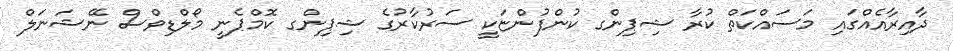
ދާއިރާއެއްގައި މަސައްކަތް ކުރާ ޝިޕިންގ ކުންފުންޏަކީ ސަރުކާރުގެ ޝިޕިންގ ކޮމްޕެނީ މޯލްޑިވްސް ނޭޝަނަލް